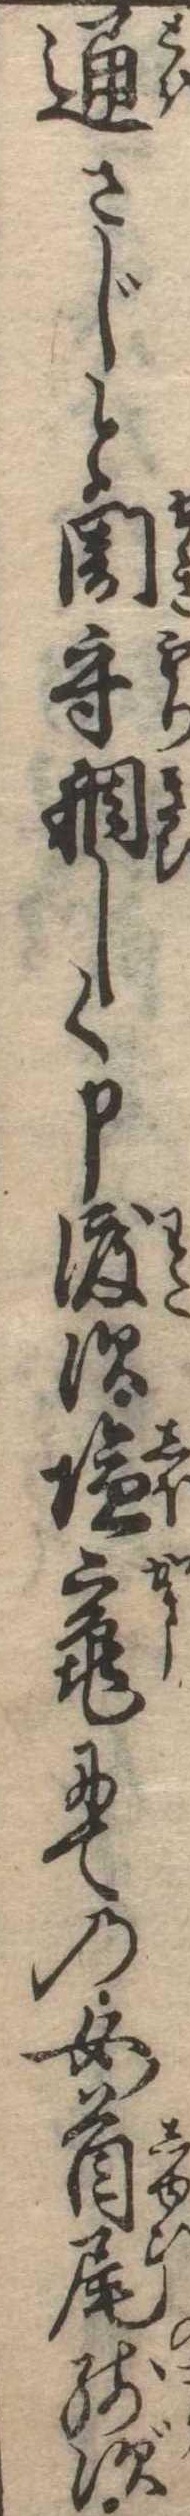
通さじと関守稠しく申渡す塩竃にての女の首尾残ず